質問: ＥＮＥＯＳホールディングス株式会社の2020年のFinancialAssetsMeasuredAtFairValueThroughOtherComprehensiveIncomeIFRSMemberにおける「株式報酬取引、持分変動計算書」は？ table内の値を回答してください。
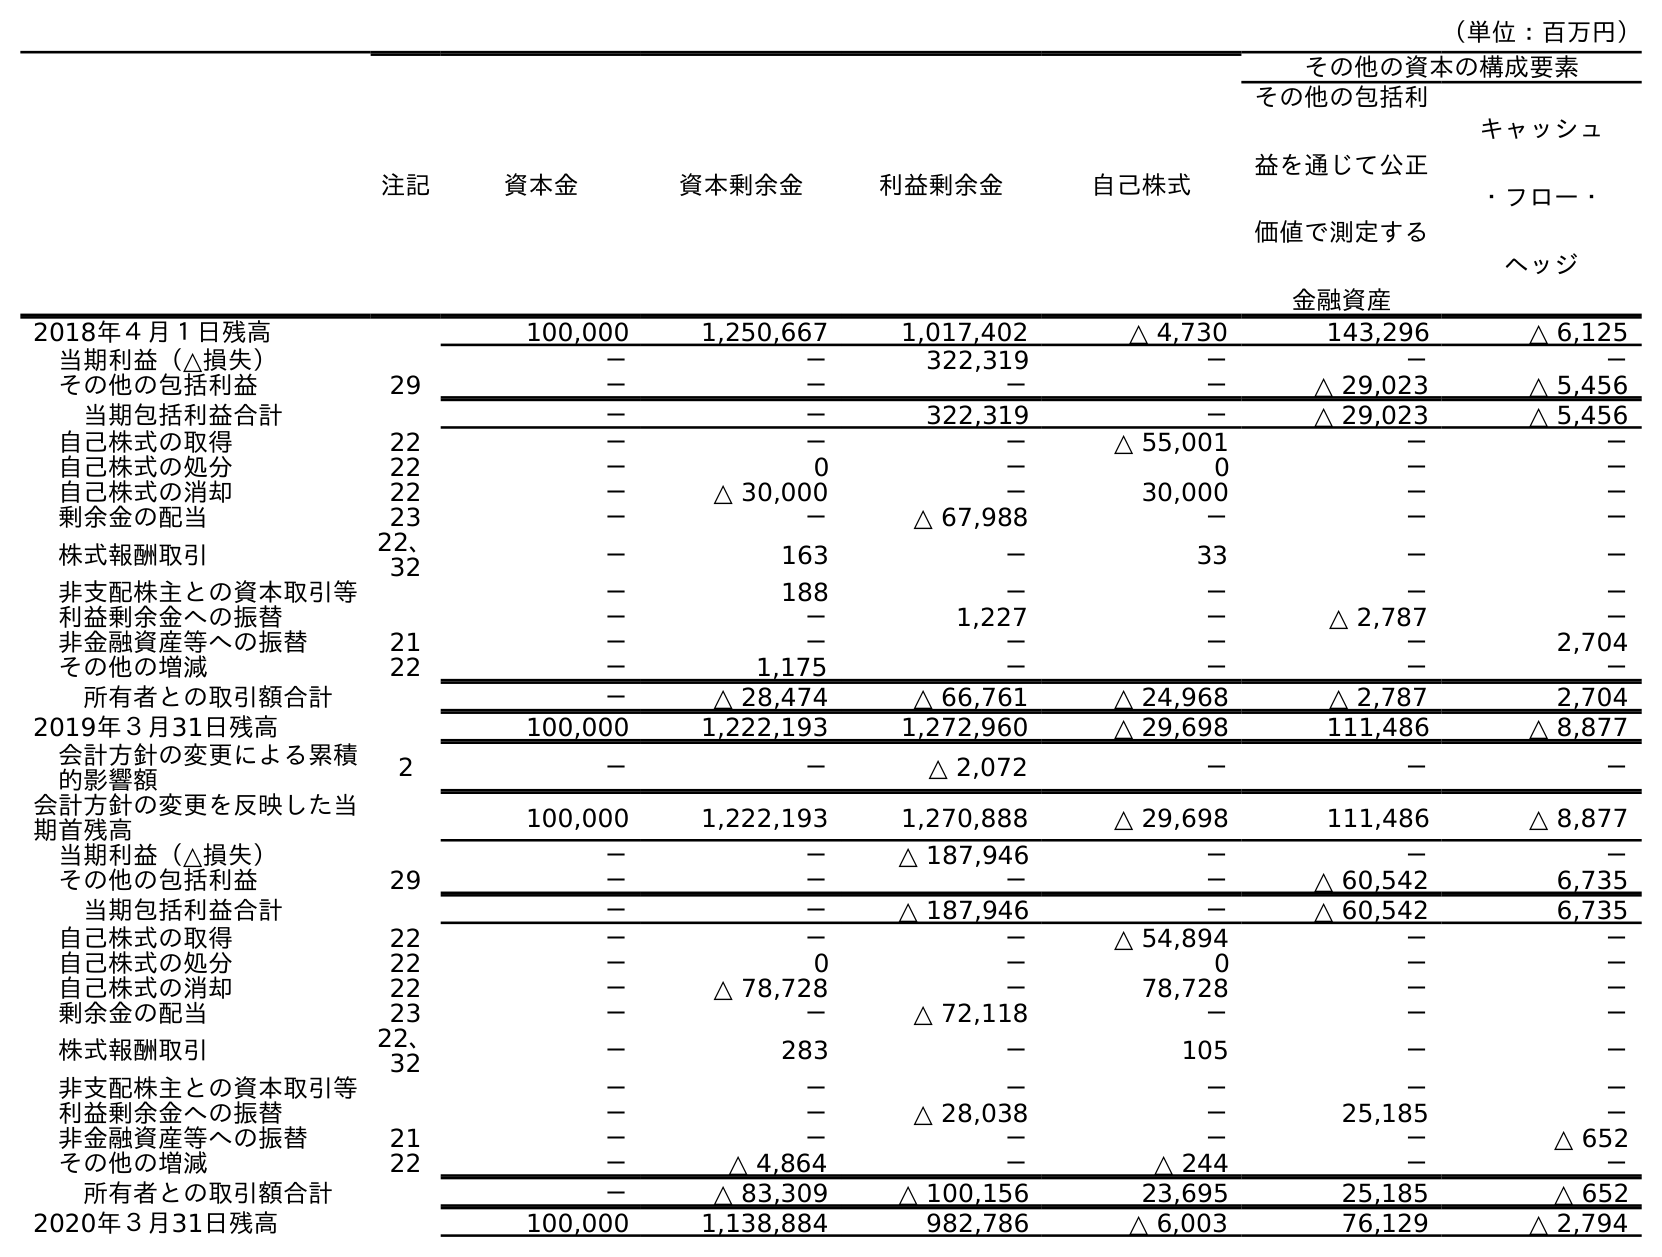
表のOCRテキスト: （単位：百万円） 注記 資本金 資本剰余金 利益剰余金 自己株式 その他の資本の構成要素 その他の包括利 益を通じて公正 価値で測定する 金融資産 キャッシュ ・フロー・ ヘッジ 2018年４月１日残高 100,000 1,250,667 1,017,402 △ 4,730 143,296 △ 6,125 当期利益（△損失） － － 322,319 － － － その他の包括利益 29 － － － － △ 29,023 △ 5,456 当期包括利益合計 － － 322,319 － △ 29,023 △ 5,456 自己株式の取得 22 － － － △ 55,001 － － 自己株式の処分 22 － 0 － 0 － － 自己株式の消却 22 － △ 30,000 － 30,000 － － 剰余金の配当 23 － － △ 67,988 － － － 株式報酬取引 22、 32 － 163 － 33 － － 非支配株主との資本取引等 － 188 － － － － 利益剰余金への振替 － － 1,227 － △ 2,787 － 非金融資産等への振替 21 － － － － － 2,704 その他の増減 22 － 1,175 － － － － 所有者との取引額合計 － △ 28,474 △ 66,761 △ 24,968 △ 2,787 2,704 2019年３月31日残高 100,000 1,222,193 1,272,960 △ 29,698 111,486 △ 8,877 会計方針の変更による累積 的影響額 2 － － △ 2,072 － － － 会計方針の変更を反映した当 期首残高 100,000 1,222,193 1,270,888 △ 29,698 111,486 △ 8,877 当期利益（△損失） － － △ 187,946 － － － その他の包括利益 29 － － － － △ 60,542 6,735 当期包括利益合計 － － △ 187,946 － △ 60,542 6,735 自己株式の取得 22 － － － △ 54,894 － － 自己株式の処分 22 － 0 － 0 － － 自己株式の消却 22 － △ 78,728 － 78,728 － － 剰余金の配当 23 － － △ 72,118 － － － 株式報酬取引 22、 32 － 283 － 105 － － 非支配株主との資本取引等 － － － － － － 利益剰余金への振替 － － △ 28,038 － 25,185 － 非金融資産等への振替 21 － － － － － △ 652 その他の増減 22 － △ 4,864 － △ 244 － － 所有者との取引額合計 － △ 83,309 △ 100,156 23,695 25,185 △ 652 2020年３月31日残高 100,000 1,138,884 982,786 △ 6,003 76,129 △ 2,794
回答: －